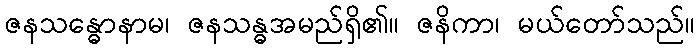
ဇနသန္ဓောနာမ၊ ဇနသန္ဓအမည်ရှိ၏။ ဇနိကာ၊ မယ်တော်သည်။